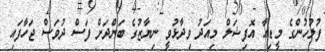
ފުލުހުންގެ މީޑިއާ އޮފިޝަލް މިއަދު ވިދާޅުވީ ނިޔާޒުގެ ބަންދަށް ފަސް ދުވަސް ޖަހާފައި